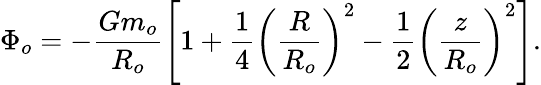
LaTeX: \Phi_{o}=-\frac{Gm_{o}}{R_{o}}\left[1+\frac{1}{4}\left(\frac{R}{R_{o}}\right)^{2}-\frac{1}{2}\left(\frac{z}{R_{o}}\right)^{2}\right].